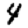
Digit: 4